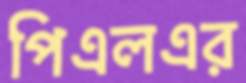
পিএলএর